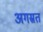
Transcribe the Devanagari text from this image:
अगस्रत